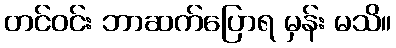
တင်ဝင်း ဘာဆက်ပြောရ မှန်း မသိ။